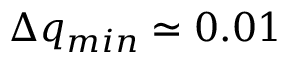
\Delta q _ { m i n } \simeq 0 . 0 1